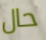
حال